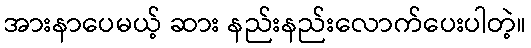
အားနာပေမယ့် ဆား နည်းနည်းလောက်ပေးပါတဲ့။